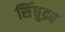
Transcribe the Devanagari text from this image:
सिंधुद्रव